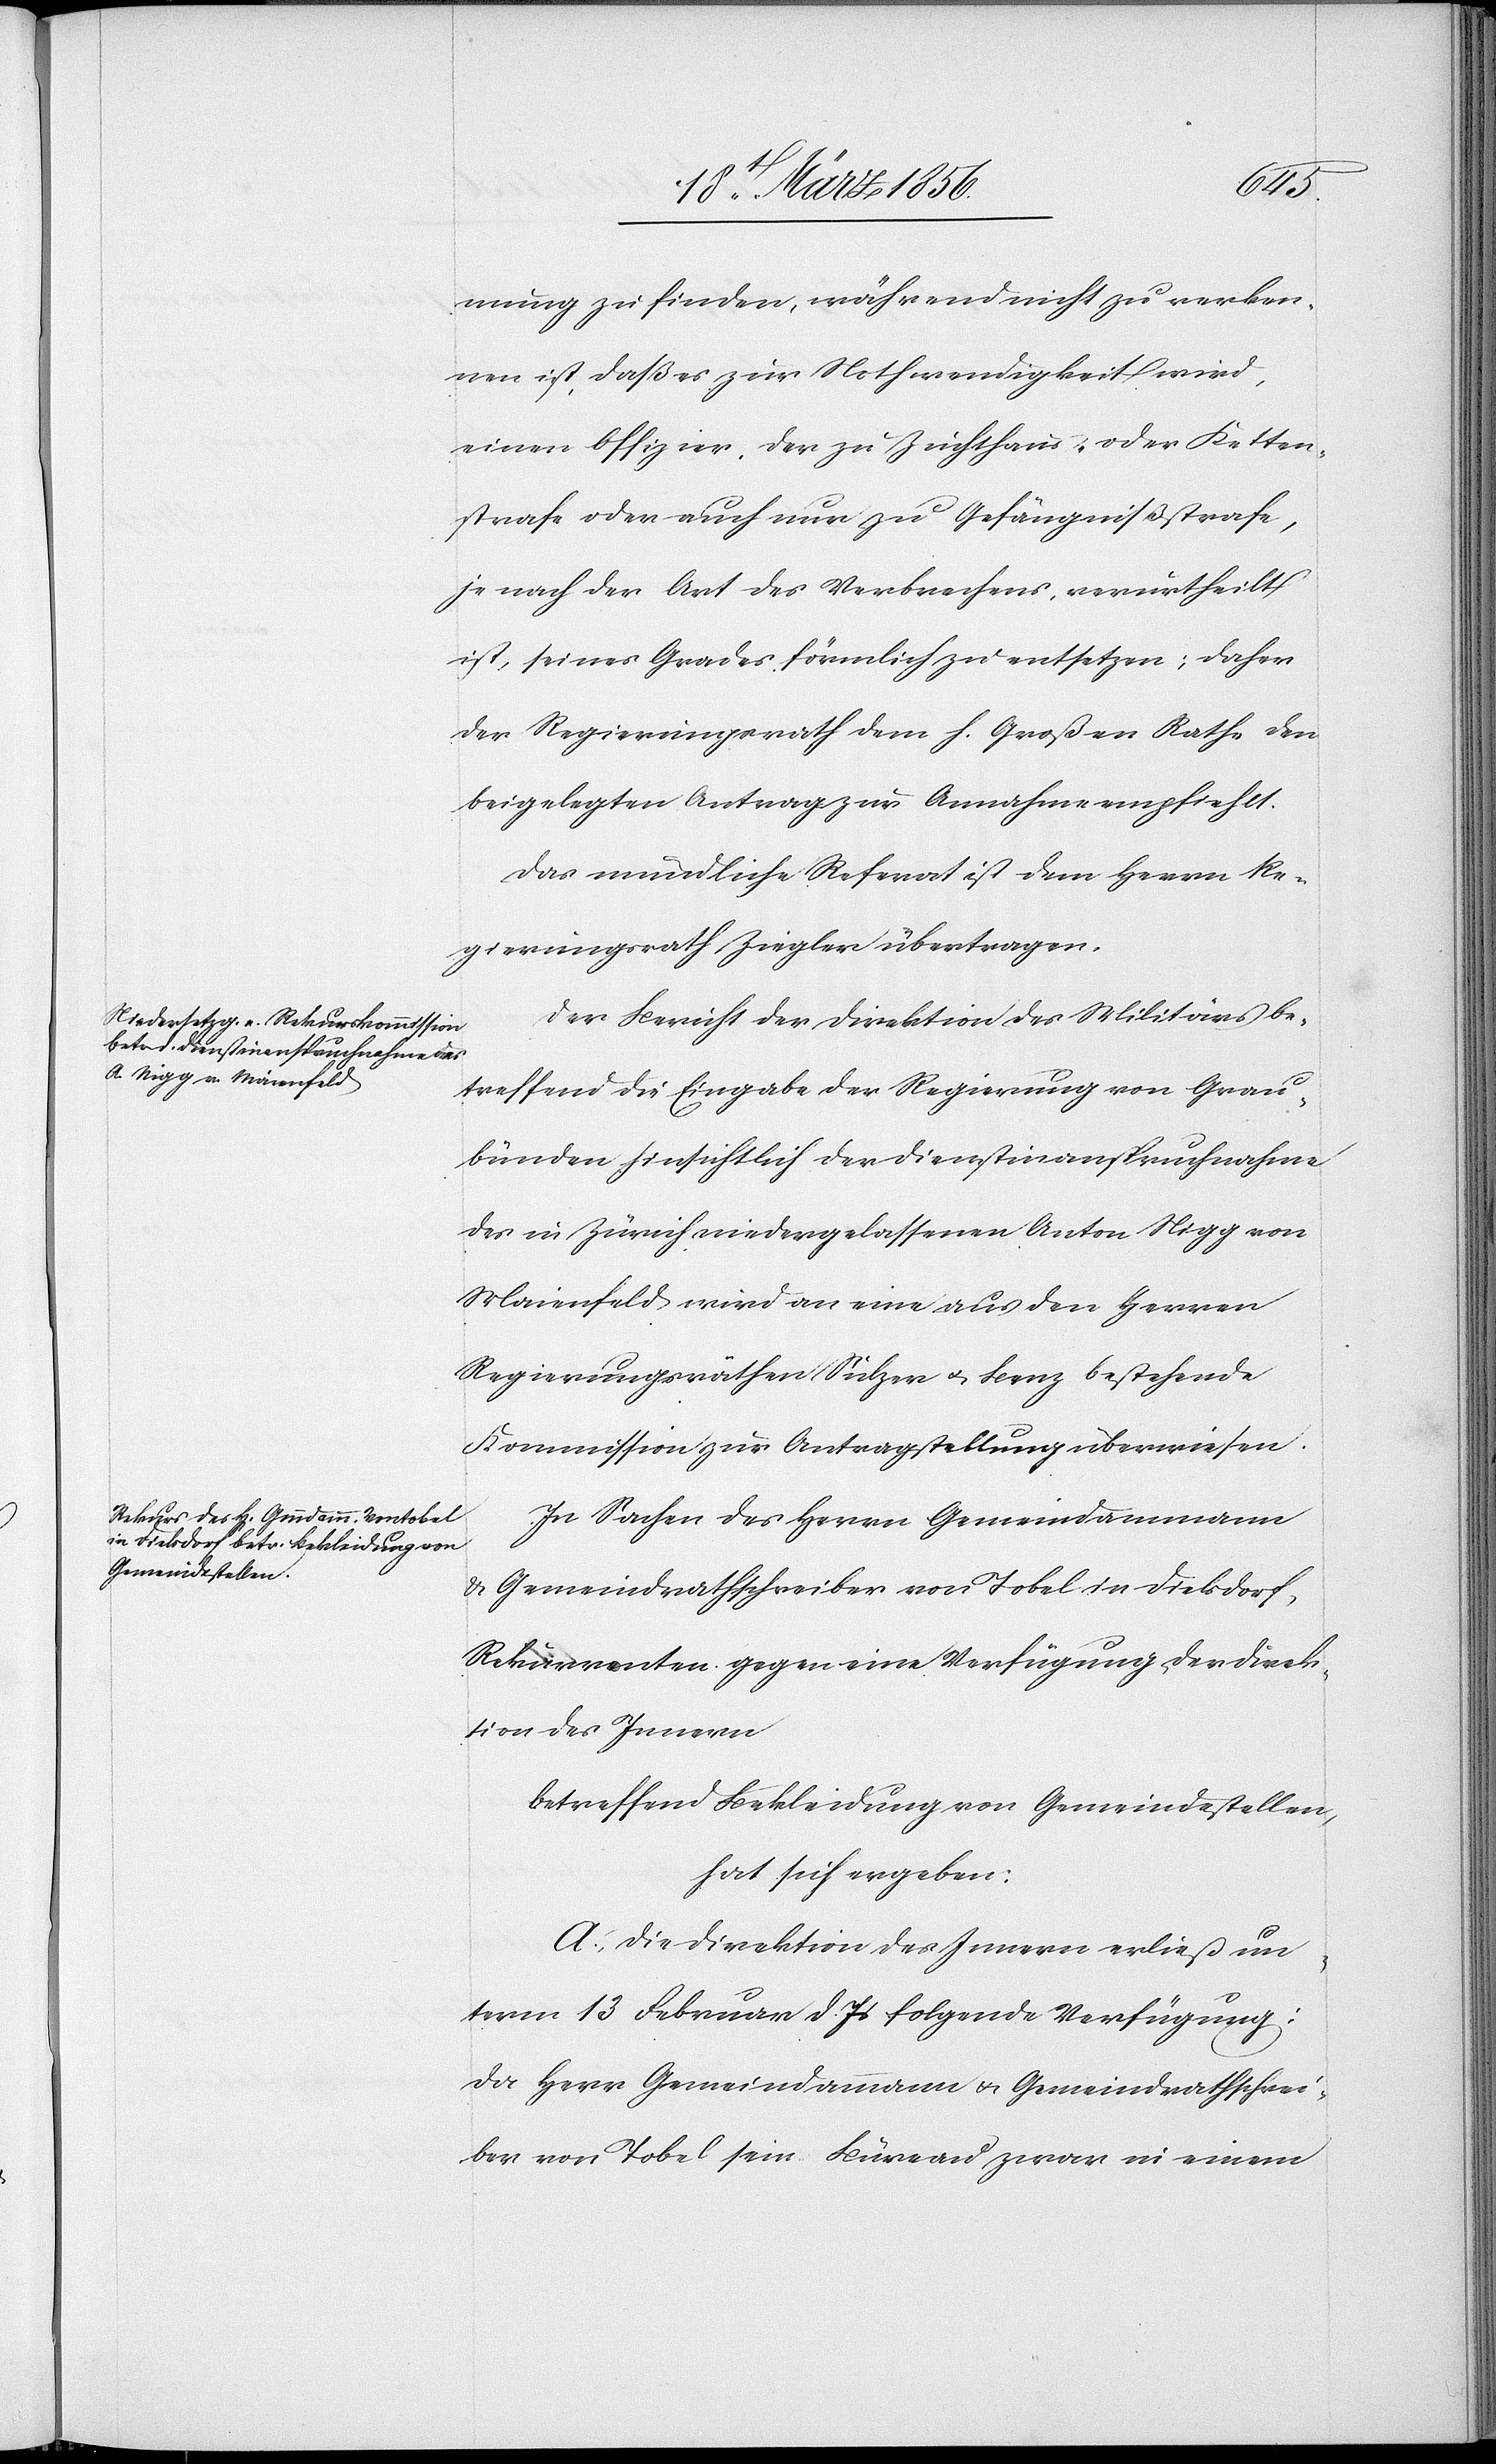
mung zu finden, während nicht zu verken¬
nen ist, daß es zur Nothwendigkeit wird,
einen Offizier, der zu Zuchthaus- oder Ketten¬
strafe oder auch nur zu Gefängnißstrafe,
je nach der Art des Verbrechens, verurtheilt
ist, seines Grades förmlich zu entsetzen; daher
der Regierungsrath dem h. Großen Rathe den
beigelegten Antrag zur Annahme empfiehlt.
Das mündliche Referat ist dem Herrn Re¬
gierungsrath Ziegler übertragen.
Der Bericht der Direktion des Militärs be¬
treffend die Eingabe der Regierung von Grau¬
bünden hinsichtlich der Dienstinanspruchnahme
des in Zürich niedergelassenen Anton Nigg von
Maienfeld wird an eine aus den Herren
Regierungsräthen Sulzer u. Benz bestehende
Kommission zur Antragstellung überwiesen.
In Sachen des Herrn Gemeindammann
& Gemeindrathschreiber von Tobel [sic!] in Dielsdorf,
Rekurrenten gegen eine Verfügung der Direk¬
tion des Innern
betreffend Bekleidung von Gemeindestellen,
hat sich ergeben:
A., Die Direktion des Innern erließ un¬
term 13 Februar d. Js folgende Verfügung:
Da Herr Gemeindammann & Gemeindrathschrei¬
ber von Tobel sein Büreau zwar in einem